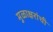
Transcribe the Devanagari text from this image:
मुळाक्षरांची